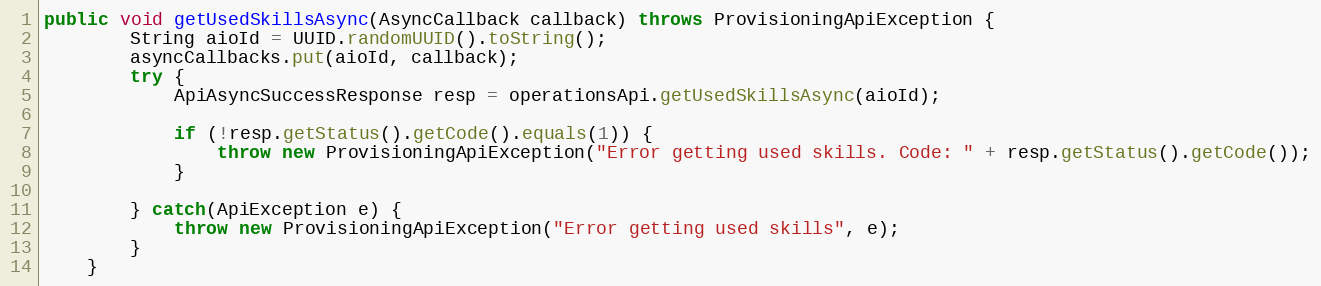
Language: Java
public void getUsedSkillsAsync(AsyncCallback callback) throws ProvisioningApiException {
		String aioId = UUID.randomUUID().toString();
		asyncCallbacks.put(aioId, callback);
		try {
			ApiAsyncSuccessResponse resp = operationsApi.getUsedSkillsAsync(aioId);

			if (!resp.getStatus().getCode().equals(1)) {
				throw new ProvisioningApiException("Error getting used skills. Code: " + resp.getStatus().getCode());
			}

        } catch(ApiException e) {
        	throw new ProvisioningApiException("Error getting used skills", e);
        }
	}